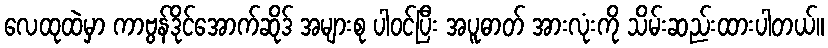
လေထုထဲမှာ ကာဗွန်ဒိုင်အောက်ဆိုဒ် အများစု ပါဝင်ပြီး အပူဓာတ် အားလုံးကို သိမ်းဆည်းထားပါတယ်။